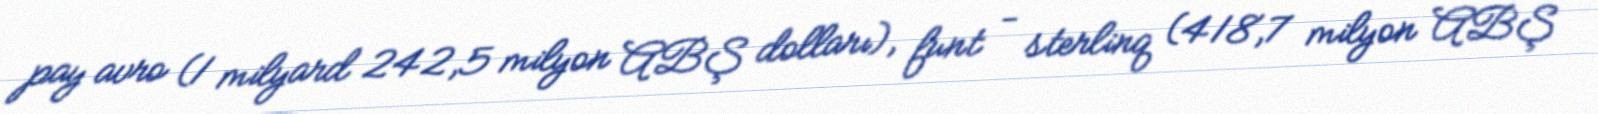
pay avro (1 milyard 242,5 milyon ABŞ dolları), funt - sterlinq (418,7 milyon ABŞ